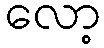
လော့